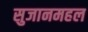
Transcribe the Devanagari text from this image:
सुजानमहल